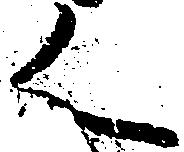
く